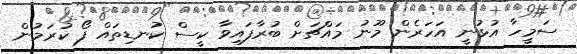
ސަމީހާ އުޅުނީ އަހަރެން މޫނު މައްޗަށް ބުރާފައިވާ ކީސް ކުނޑިތައް ފޯ ކުރަމުން